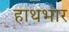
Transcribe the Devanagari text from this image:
हाथभार